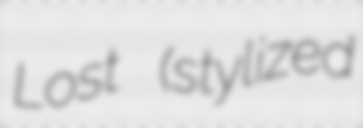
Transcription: Lost (stylized